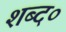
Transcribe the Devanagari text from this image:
शब्द०